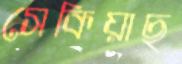
সেকিয়াছ